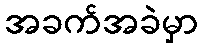
အခက်အခဲမှာ